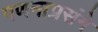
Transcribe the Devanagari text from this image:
गणनाप्रसंगे